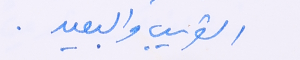
القريب والبعيد.